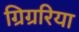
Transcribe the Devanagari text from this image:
ग्रिग्ररिया